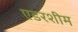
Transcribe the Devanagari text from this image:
एडरशीम